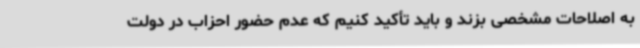
به اصلاحات مشخصی بزند و باید تأکید کنیم که عدم حضور احزاب در دولت